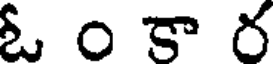
ఓ ం కా ర